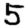
Digit: 5